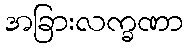
အခြားလက္ခဏာ